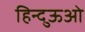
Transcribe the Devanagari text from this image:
हिन्दुऊओ